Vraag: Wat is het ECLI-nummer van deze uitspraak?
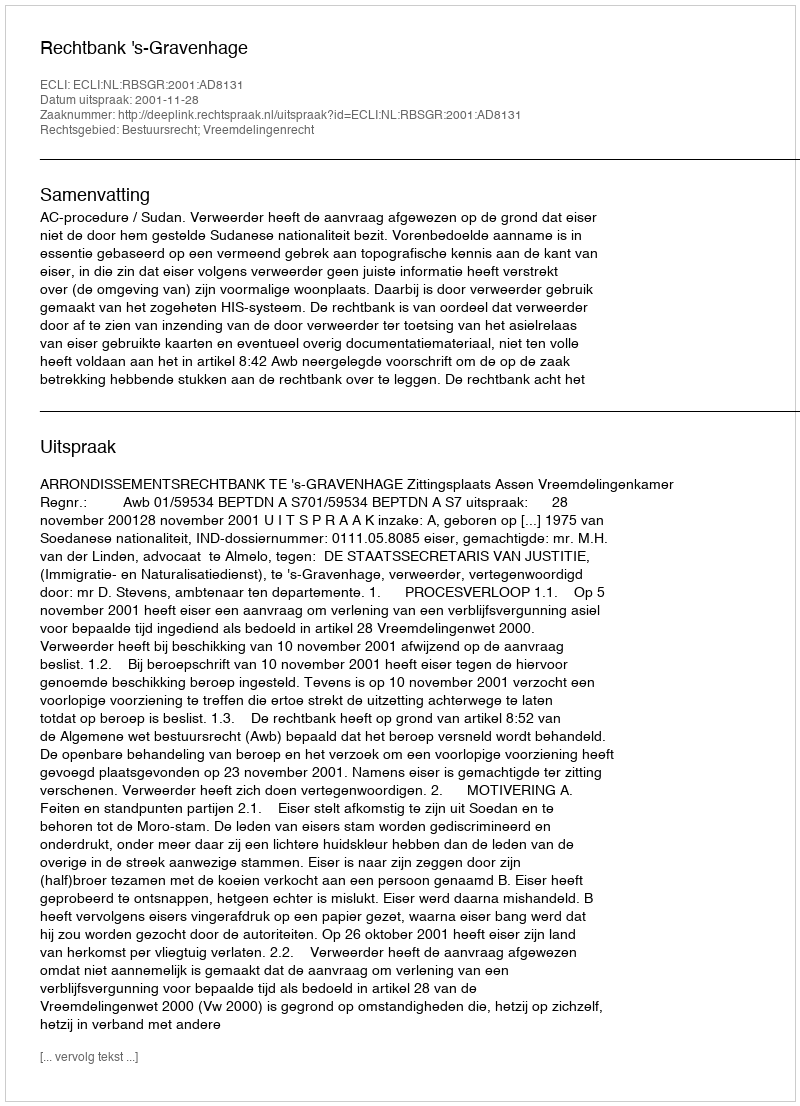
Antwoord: ECLI:NL:RBSGR:2001:AD8131